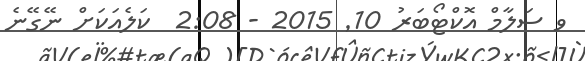
ވ ސަލާމް އޮކްޓޯބަރު 10